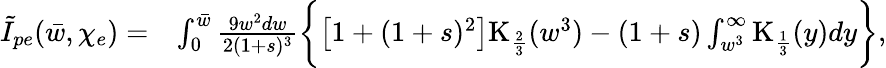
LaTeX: \begin{array}{rl}{\tilde{I}_{pe}(\bar{w},\chi_{e})=}&{\int_{0}^{\bar{w}}\frac{9w^{2}dw}{2(1+s)^{3}}\biggl\{ \left[1+(1+s)^{2}\right]\mathrm{K}_{\frac{2}{3}}(w^{3})-(1+s)\int_{w^{3}}^{\infty}\mathrm{K}_{\frac{1}{3}}(y)dy\biggr\} ,}\end{array}